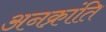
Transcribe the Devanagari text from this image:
अनक्रांति